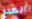
الهدر